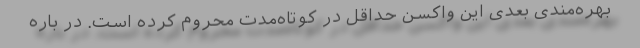
بهره‌مندی بعدی این واکسن حداقل در کوتاه‌مدت محروم کرده است. در باره